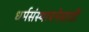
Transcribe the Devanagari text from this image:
धर्मसंस्थापनेसाठी